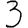
Digit: 3